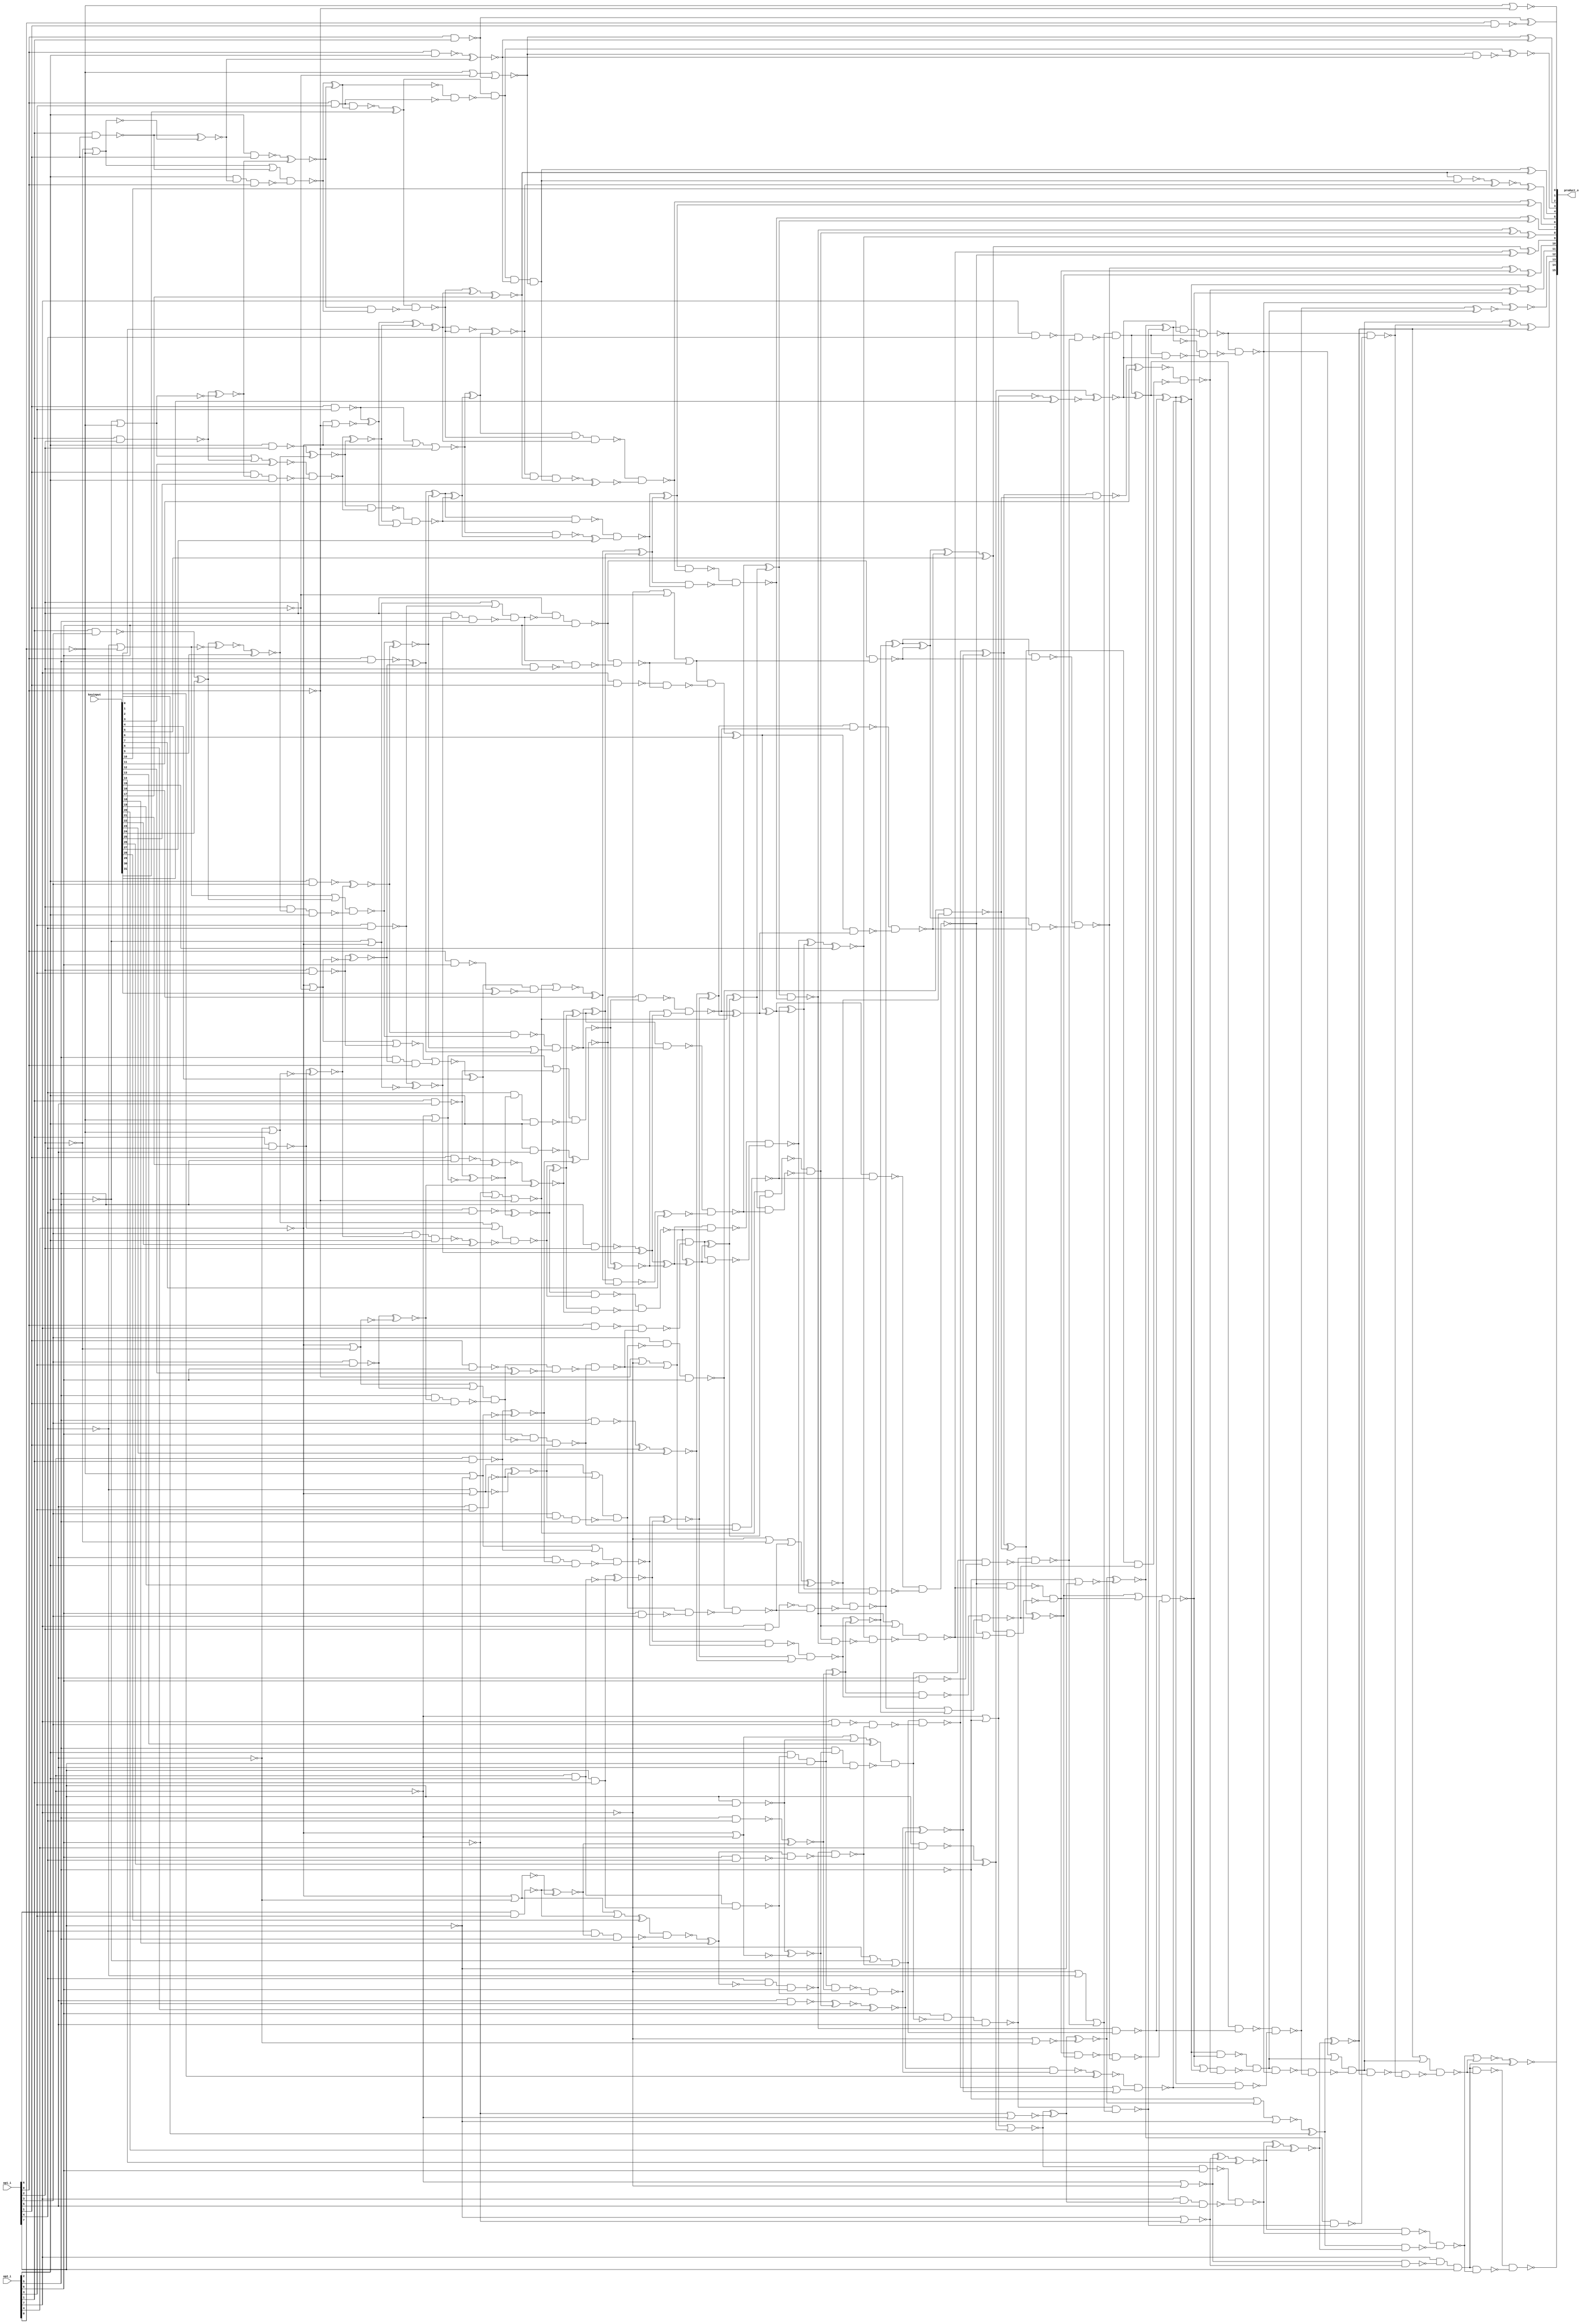
// Verilog File 
module tradtional_multiplier8_xor_enc32(op1_i,op2_i,keyinput,product_o);

input [7:0] op1_i,op2_i;
input [31:0] keyinput;

output [15:0] product_o;

wire xenc5, n143, n144, n145, n146, xenc15, n148, n149, n150, 
n151, n152, n153, n157, xenc17, n160, n161, n162, n163, n185, 
n178, n184, xenc14, n182, n171, n172, n183, n177, n176, n193, 
n194, n218, n189, n223, n188, n207, n225, n205, n206, n210, 
n211, n212, n213, n216, n217, n257, n231, n236, n237, n234, 
n240, n241, n229, n230, n285, n286, n142, n290, n291, n147, 
n310, xenc2, n156, n314, n315, n311, n318, n317, n309, n325, 
n326, n313, n301, n300, xenc16, n328, n331, n332, n333, n336, 
n345, n346, n295, n294, n296, n297, n347, n348, n351, n352, 
n362, n358, n372, n373, n378, n379, n388, n389, n396, n397, 
n398, n399, xenc6, n409, n414, n415, n422, n423, xenc23, n433, 
n434, n435, n260, n261, n270, n271, n262, n449, n450, n432, 
n226, n227, n228, n282, n283, n284, n287, n288, n289, n173, 
n174, n168, n175, n202, n203, n199, n204, n235, n312, n155, 
n263, n200, n201, n198, n302, xenc25, n303, n374, n375, n292, 
n293, n298, n299, n329, xenc27, n330, n195, n196, n197, xenc0, 
xenc20, n208, n209, n468, xenc10, n191, n192, xenc11, n233, n232, 
n410, n411, n138, xenc4, n136, n140, n428, n429, n395, n125, 
n141, n341, n342, n320, n133, xenc24, n369, n344, n130, n392, 
n393, n371, n127, n323, n324, n305, n134, n406, n407, n387, 
n455, n456, n431, n124, n281, n445, n280, n359, n363, n135, 
n451, n452, n337, n338, n364, n365, n424, n425, n442, n443, 
n466, n467, xenc31, n316, n447, n448, n469, n166, n167, n334, 
n335, n384, n385, n349, xenc7, n350, n376, n377, n400, n380, 
n360, n361, n420, n421, n158, n137, n460, n265, n274, n245, 
n383, n419, n416, n164, n165, n139, n190, n181, xenc26, xenc30, 
n246, n256, n267, n255, n222, n221, n243, xenc8, n214, n122, 
n215, n258, n259, n264, xenc19, n244, n436, n219, n220, xenc1, 
n239, n238, n179, n180, n412, n413, n159, n249, n268, n269, 
n446, n470, n304, n343, xenc9, n370, n430, xenc21, n386, n319, 
n394, n353, n327, xenc29, n355, n306, n403, n439, n463, xenc3, 
n340, n339, n368, n401, n131, xenc12, n402, n275, n126, n276, 
xenc18, n307, n132, n308, n426, n427, n366, n367, n321, n322, 
n390, xenc22, n391, n404, n405, n453, n454, xenc28, n279, n277, 
n278, n440, n441, n464, n465, n381, n382, n417, n408, n418, 
n458, n459, n272, n273, n471, n472, n354, n437, n129, n438, 
n461, n128, n462, n266, n242, n444, n247, n248, n252, n224, 
n250, n123, n251, n186, n187, xenc13, n254, n253, n170;

xor g0(product_o[9], xenc5, n143);
xor g1(n143, n144, n145);
xor g2(product_o[8], n146, xenc15);
xor g3(n146, n148, n149);
xor g4(product_o[7], n150, n151);
xor g5(product_o[6], n152, n153);
xor g6(product_o[4], n157, xenc17);
xor g7(product_o[2], n160, n161);
xor g8(product_o[1], n162, n163);
xor g9(product_o[13], n185, n178);
xor g10(n182, n184, xenc14);
xor g11(n183, n171, n172);
xor g12(n185, n177, n176);
xor g13(n218, n193, n194);
xor g14(n188, n189, n223);
xor g15(product_o[11], n207, n225);
xor g16(n225, n205, n206);
xor g17(n207, n210, n211);
xor g18(n210, n212, n213);
xor g19(n212, n216, n217);
xor g20(product_o[10], n257, n231);
xor g21(n234, n236, n237);
xor g22(n236, n240, n241);
xor g23(n257, n229, n230);
xor g24(n142, n285, n286);
xor g25(n147, n290, n291);
xor g26(n156, n310, xenc2);
xor g27(n311, n314, n315);
xor g28(n309, n318, n317);
xor g29(n313, n325, n326);
xor g30(n153, n301, n300);
xor g31(n300, xenc16, n328);
xor g32(n326, n331, n332);
xor g33(n314, n333, n336);
xor g34(n331, n345, n346);
xor g35(n151, n295, n294);
xor g36(n294, n296, n297);
xor g37(n297, n347, n348);
xor g38(n328, n351, n352);
xor g39(n345, n362, n358);
xor g40(n352, n372, n373);
xor g41(n348, n378, n379);
xor g42(n373, n388, n389);
xor g43(n379, n396, n397);
xor g44(n291, n398, n399);
xor g45(n399, xenc6, n409);
xor g46(n409, n414, n415);
xor g47(n396, n422, n423);
xor g48(n415, xenc23, n433);
xor g49(n285, n434, n435);
xor g50(n434, n260, n261);
xor g51(n262, n270, n271);
xor g52(n432, n449, n450);
nand g53(n148, n151, n150);
nand g54(n206, n226, n227);
or g55(n226, n231, n230);
nand g56(n227, n228, n229);
nand g57(n228, n230, n231);
and g58(n230, n282, n283);
nand g59(n282, n145, n144);
nand g60(n283, xenc5, n284);
or g61(n284, n145, n144);
nand g62(n144, n287, n288);
or g63(n287, n148, n149);
nand g64(n288, xenc15, n289);
nand g65(n289, n149, n148);
nand g66(n168, n173, n174);
or g67(n173, n178, n177);
nand g68(n174, n175, n176);
nand g69(n175, n177, n178);
and g70(n199, n202, n203);
nand g71(n202, n207, n206);
nand g72(n203, n204, n205);
or g73(n204, n206, n207);
xnor g74(n231, n234, n235);
xnor g75(n155, n312, n313);
nand g76(n312, xenc2, n310);
xnor g77(n261, n263, n262);
xnor g78(product_o[12], n200, n201);
xnor g79(n201, n198, n199);
nand g80(n152, n302, xenc25);
nand g81(n302, n313, n310, xenc2);
nand g82(n303, n155, xenc17, n157);
nand g83(n145, n374, n375);
nand g84(n374, n399, n398);
nand g85(n375, n291, n290);
and g86(n149, n292, n293);
nand g87(n292, n296, n297);
nand g88(n293, n294, n295);
nand g89(n150, n298, n299);
nand g90(n299, n300, n301);
nand g91(n298, n153, n152);
nand g92(n301, n329, xenc27);
nand g93(n329, n331, n332);
nand g94(n330, n325, n326);
and g95(n177, n195, n196);
or g96(n195, n200, n199);
nand g97(n196, n197, n198);
nand g98(n197, n199, n200);
xnor g99(n178, xenc0, xenc20);
nand g100(n198, n208, n209);
nand g101(n208, n212, n213);
nand g102(n209, n210, n211);
xnor g103(xenc10, n468, n155);
nand g104(n468, xenc17, n157);
nand g105(n176, n191, n192);
nand g106(n192, n193, n194);
nand g107(n205, xenc11, n233);
nand g108(n232, n236, n237);
nand g109(n233, n234, n235);
nand g110(n229, n410, n411);
nand g111(n410, n434, n435);
nand g112(n411, n285, n286);
nor g113(n296, n138, xenc4, n136);
nor g114(n336, n140, n136);
xnor g115(n395, n428, n429);
nor g116(n429, n125, n141);
xnor g117(n320, n341, n342);
nor g118(n342, n133, n141);
xnor g119(n344, xenc24, n369);
nor g120(n369, n130, n141);
xnor g121(n371, n392, n393);
nor g122(n393, n127, n141);
xnor g123(n305, n323, n324);
nor g124(n324, n134, n141);
xnor g125(n387, n406, n407);
nor g126(n407, n140, n134);
xnor g127(n431, n455, n456);
nor g128(n456, n141, n124);
xnor g129(n280, n281, n445);
nor g130(n445, n140, n127);
xnor g131(n358, n359, n363);
nor g132(n363, n140, n135);
xnor g133(n433, n451, n452);
xnor g134(n315, n337, n338);
xnor g135(n346, n364, n365);
xnor g136(n397, n424, n425);
xnor g137(n423, n442, n443);
nor g138(n443, n133, n140);
xnor g139(n450, n466, n467);
nor g140(n467, n130, n140);
nand g141(n310, xenc31, n316);
nand g142(n316, n317, n318);
nand g143(n263, n447, n448);
nand g144(n447, n452, n451);
or g145(n448, n433, xenc23);
xnor g146(product_o[14], n469, n166);
nor g147(n469, n167, n168);
nand g148(n332, n334, n335);
nand g149(n334, n338, n337);
or g150(n335, n315, n314);
nand g151(n378, n384, n385);
nand g152(n384, n389, n388);
nand g153(n385, n373, n372);
nand g154(n295, n349, xenc7);
nand g155(n349, n352, n351);
nand g156(n350, xenc16, n328);
nand g157(n290, n376, n377);
nand g158(n376, n379, n378);
nand g159(n377, n347, n348);
nand g160(n398, n400, n380);
nand g161(n351, n360, n361);
nand g162(n360, n365, n364);
or g163(n361, n346, n345);
nand g164(n414, n420, n421);
nand g165(n420, n425, n424);
or g166(n421, n397, n396);
and g167(n157, n158, n161, n160);
or g168(n265, n137, n134, n460);
or g169(n245, n137, n133, n274);
or g170(n380, n136, n137, n383);
or g171(n416, n137, n135, n419);
nand g172(product_o[15], n164, n165);
nand g173(n165, n166, n167);
nand g174(n164, n166, n168);
nor g175(n223, n138, n125);
nor g176(n160, n141, n135, n162);
nor g177(n181, n139, n190, n124);
nor g178(n325, n333, n140, n136);
nor g179(n189, n125, n139, xenc26);
xnor g180(n217, xenc26, xenc30);
nor g181(n246, n139, n125);
xnor g182(n255, n256, n267);
nor g183(n267, n140, n125);
xnor g184(n190, n188, n222);
nor g185(n222, n137, n127);
xnor g186(n193, n190, n221);
nor g187(n221, n139, n124);
nor g188(n172, n124, n138);
xnor g189(n241, n243, xenc8);
nor g190(n171, n125, n137);
nand g191(n191, n218, n217, n216);
nand g192(n200, n191, n214);
nand g193(n214, n122, n215);
nand g194(n215, n216, n217);
not g195(n122, n218);
nand g196(n235, n258, n259);
nand g197(n258, n262, n263);
or g198(n259, n260, n261);
nand g199(n237, n264, xenc19);
nand g200(n213, n244, n245);
nand g201(n435, n436, n416);
nand g202(n194, n219, n220);
nand g203(n211, xenc1, n239);
nand g204(n238, xenc8, n243);
or g205(n239, n240, n241);
nand g206(n167, n179, n180);
nand g207(n179, xenc14, n184);
nand g208(n180, xenc0, xenc20);
nand g209(n286, n412, n413);
nand g210(n412, n415, n414);
nand g211(n413, xenc6, n409);
xnor g212(product_o[3], n158, n159);
nand g213(n159, n160, n161);
or g214(n220, n137, n130, n249);
nand g215(n243, n268, n269);
nand g216(n268, n270, n271);
nor g217(product_o[0], n141, n136);
xnor g218(n452, n446, n470);
nand g219(n470, op1_i[6], op2_i[2]);
not g220(n125, op1_i[6]);
nand g221(n362, op1_i[0], op2_i[5]);
nand g222(n422, op2_i[5], op1_i[2]);
nand g223(n449, op2_i[5], op1_i[3]);
xnor g224(n161, n304, n305);
nand g225(n304, op1_i[0], op2_i[2]);
not g226(n141, op2_i[0]);
not g227(n140, op2_i[4]);
xnor g228(n338, n343, xenc9);
nand g229(n343, op2_i[2], op1_i[2]);
xnor g230(n365, n370, n371);
nand g231(n370, op2_i[2], op1_i[3]);
xnor g232(n425, n430, n431);
nand g233(n430, op2_i[2], op1_i[5]);
xnor g234(n372, xenc21, n387);
nand g235(n386, op1_i[1], op2_i[5]);
not g236(n134, op1_i[2]);
not g237(n133, op1_i[3]);
not g238(n130, op1_i[4]);
not g239(n127, op1_i[5]);
not g240(n124, op1_i[7]);
not g241(n136, op1_i[0]);
xnor g242(n317, n319, n320);
nand g243(n319, op2_i[2], op1_i[1]);
xnor g244(n389, n394, n395);
nand g245(n394, op2_i[2], op1_i[4]);
nor g246(n327, n296, n353);
and g247(n353, xenc4, xenc29);
nand g248(n355, op1_i[0], op2_i[6]);
not g249(n135, op1_i[1]);
nand g250(n306, op1_i[0], op2_i[3], n309);
nand g251(n400, op2_i[6], n403, op1_i[1]);
nand g252(n436, op1_i[2], n439, op2_i[6]);
nand g253(n264, op1_i[3], n463, op2_i[6]);
nand g254(n337, xenc3, n340);
or g255(n339, n141, n133, n341);
nand g256(n340, op1_i[1], n320, op2_i[2]);
nand g257(n341, op2_i[1], op1_i[2]);
nand g258(n368, op2_i[1], op1_i[3]);
nand g259(n392, op2_i[1], op1_i[4]);
nand g260(n323, op2_i[1], op1_i[1]);
nand g261(n406, op1_i[3], op2_i[3]);
nand g262(n359, op1_i[2], op2_i[3]);
nand g263(n428, op2_i[1], op1_i[5]);
nand g264(n442, op2_i[3], op1_i[4]);
nand g265(n455, op1_i[6], op2_i[1]);
nand g266(n466, op1_i[5], op2_i[3]);
nand g267(n383, n400, n401);
nand g268(n401, n131, xenc12);
nand g269(n402, op1_i[1], op2_i[6]);
not g270(n131, n403);
nand g271(n274, n244, n275);
nand g272(n275, n126, n276);
nand g273(n276, op2_i[6], op1_i[4]);
not g274(n126, xenc18);
and g275(n158, xenc31, n307);
nand g276(n307, n132, n308);
nand g277(n308, op1_i[0], op2_i[3]);
not g278(n132, n309);
nand g279(n424, n426, n427);
or g280(n426, n141, n125, n428);
nand g281(n427, op1_i[4], n395, op2_i[2]);
nand g282(n364, n366, n367);
or g283(n366, n141, n130, xenc24);
nand g284(n367, op1_i[2], xenc9, op2_i[2]);
nand g285(n318, n321, n322);
or g286(n321, n141, n134, n323);
nand g287(n322, op2_i[2], n305, op1_i[0]);
nand g288(n388, n390, xenc22);
or g289(n390, n141, n127, n392);
nand g290(n391, op1_i[3], n371, op2_i[2]);
nand g291(n403, n404, n405);
or g292(n404, n134, n140, n406);
nand g293(n405, op2_i[5], n387, op1_i[1]);
nand g294(n451, n453, n454);
or g295(n453, n124, n141, n455);
nand g296(n454, op1_i[5], n431, op2_i[2]);
nand g297(n277, xenc28, n279);
or g298(n278, n127, n140, n281);
nand g299(n279, op1_i[4], n280, op2_i[5]);
nand g300(n333, op1_i[1], op2_i[3]);
nand g301(n439, n440, n441);
or g302(n440, n140, n133, n442);
nand g303(n441, op1_i[2], n423, op2_i[5]);
nand g304(n463, n464, n465);
or g305(n464, n140, n130, n466);
nand g306(n465, op1_i[3], n450, op2_i[5]);
and g307(n446, op1_i[7], op2_i[1]);
and g308(n347, n380, n381);
nand g309(n381, n382, n383);
nand g310(n382, op1_i[0], op2_i[7]);
and g311(n408, n416, n417);
nand g312(n417, n418, n419);
nand g313(n418, op2_i[7], op1_i[1]);
nand g314(n260, xenc19, n458);
nand g315(n458, n459, n460);
nand g316(n459, op2_i[7], op1_i[2]);
nand g317(n240, n245, n272);
nand g318(n272, n273, n274);
nand g319(n273, op2_i[7], op1_i[3]);
nor g320(n354, n471, n472);
nor g321(n471, n135, n140, n359);
and g322(n472, op2_i[5], n358, op1_i[0]);
nand g323(n419, n436, n437);
nand g324(n437, n129, n438);
nand g325(n438, op2_i[6], op1_i[2]);
not g326(n129, n439);
nand g327(n460, n264, n461);
nand g328(n461, n128, n462);
nand g329(n462, op2_i[6], op1_i[3]);
not g330(n128, n463);
not g331(n137, op2_i[7]);
xnor g332(n242, n266, n255);
nand g333(n266, op1_i[5], op2_i[5]);
xnor g334(n271, n444, n280);
nand g335(n444, op2_i[5], op1_i[4]);
not g336(n139, op2_i[5]);
nand g337(n269, op2_i[2], op1_i[6], n446);
not g338(n138, op2_i[6]);
and g339(n216, n220, n247);
nand g340(n247, n248, n249);
nand g341(n248, op2_i[7], op1_i[4]);
nand g342(n244, op1_i[4], xenc18, op2_i[6]);
nand g343(n219, op2_i[6], n252, op1_i[5]);
nand g344(n224, op1_i[7], op2_i[4]);
nand g345(n281, op1_i[6], op2_i[3]);
nand g346(n256, op1_i[7], op2_i[3]);
nand g347(n249, n219, n250);
nand g348(n250, n123, n251);
nand g349(n251, op1_i[5], op2_i[6]);
not g350(n123, n252);
nand g351(n184, n186, n187);
nand g352(n186, n189, op2_i[6]);
nand g353(n187, op2_i[7], n188, op1_i[5]);
nand g354(n252, xenc13, n254);
or g355(n253, n125, n140, n256);
nand g356(n254, op2_i[5], n255, op1_i[5]);
nand g357(n162, op1_i[0], op2_i[1]);
and g358(n270, op2_i[2], n269, op1_i[7]);
nand g359(n163, op2_i[0], op1_i[1]);
and g360(n166, op2_i[7], n170, op1_i[7]);
nand g361(n170, n171, n172);
xor g362(xenc0, n181, keyinput[0]);
xnor g363(xenc1, n238, keyinput[1]);
xor g364(xenc2, n311, keyinput[2]);
xnor g365(xenc3, n339, keyinput[3]);
xor g366(xenc4, n354, keyinput[4]);
xor g367(xenc5, n142, keyinput[5]);
xor g368(xenc6, n408, keyinput[6]);
xnor g369(xenc7, n350, keyinput[7]);
xnor g370(xenc8, n242, keyinput[8]);
xnor g371(xenc9, n344, keyinput[9]);
xor g372(product_o[5], xenc10, keyinput[10]);
xnor g373(xenc11, n232, keyinput[11]);
xnor g374(xenc12, n402, keyinput[12]);
xor g375(xenc13, n253, keyinput[13]);
xnor g376(xenc14, n183, keyinput[14]);
xnor g377(xenc15, n147, keyinput[15]);
xor g378(xenc16, n327, keyinput[16]);
xnor g379(xenc17, n156, keyinput[17]);
xnor g380(xenc18, n277, keyinput[18]);
xnor g381(xenc19, n265, keyinput[19]);
xnor g382(xenc20, n182, keyinput[20]);
xnor g383(xenc21, n386, keyinput[21]);
xnor g384(xenc22, n391, keyinput[22]);
xnor g385(xenc23, n432, keyinput[23]);
xor g386(xenc24, n368, keyinput[24]);
xnor g387(xenc25, n303, keyinput[25]);
xor g388(xenc26, n224, keyinput[26]);
xor g389(xenc27, n330, keyinput[27]);
xor g390(xenc28, n278, keyinput[28]);
xnor g391(xenc29, n355, keyinput[29]);
xnor g392(xenc30, n246, keyinput[30]);
xor g393(xenc31, n306, keyinput[31]);
endmodule